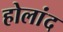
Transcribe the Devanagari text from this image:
होलांद